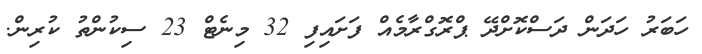
ހަބަރު ހަދަން ދަސްކޮށްދޭ ޕްރޮގްރާމެއް ފަށައިފި 32 މިނެޓް 23 ސިކުންތު ކުރިން.